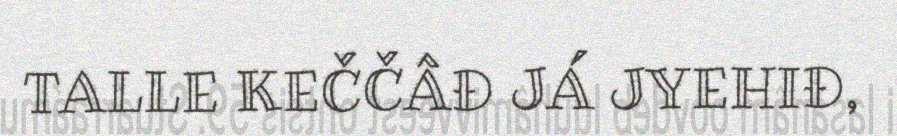
TALLE KEČČÂĐ JÁ JYEHIĐ,